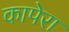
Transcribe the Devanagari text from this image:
कापेरा